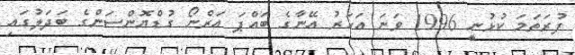
ފުރަތަމަ ކުޅުނީ 1996 ވަނަ އަހަރު އޭނާގެ ބައްޕަ އަރްނޯ ގުޑްޔޮންސަންގެ ބަދަލުގައި